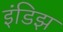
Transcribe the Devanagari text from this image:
इंडिझ